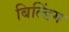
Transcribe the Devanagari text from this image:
बिल्‍डिंग